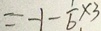
= - 1 - \frac { 1 } { 6 } \times 3